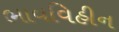
ભાવવિહીન